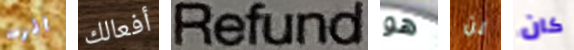
اثرت أفعالك Refund هو لن كان